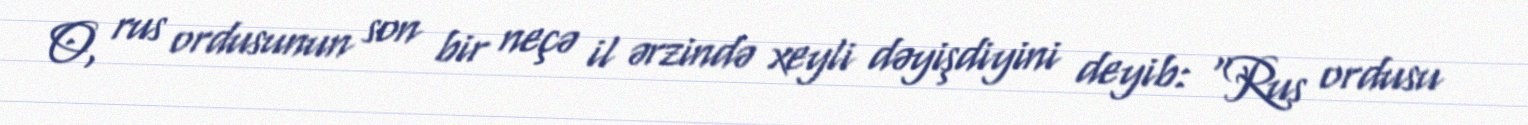
O, rus ordusunun son bir neçə il ərzində xeyli dəyişdiyini deyib: “Rus ordusu